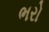
ભરો